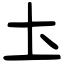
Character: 圡